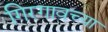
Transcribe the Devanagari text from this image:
गिरगावच्या